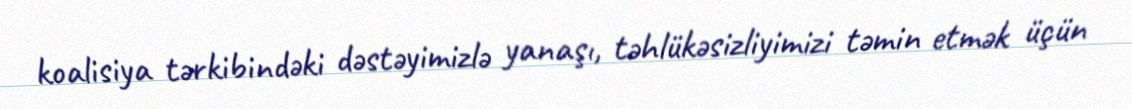
koalisiya tərkibindəki dəstəyimizlə yanaşı, təhlükəsizliyimizi təmin etmək üçün